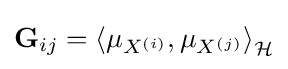
\mathbf {G} _{ij}=\left\langle \mu _{X^{(i)}},\mu _{X^{(j)}}\right\rangle _{\mathcal {H}}